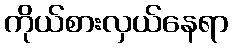
ကိုယ်စားလှယ်နေရာ